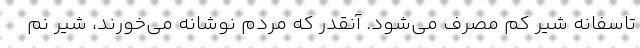
تاسفانه شیر کم مصرف می‌شود. آنقدر که مردم نوشانه می‌خورند، شیر نم